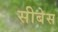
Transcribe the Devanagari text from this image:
सीबेस